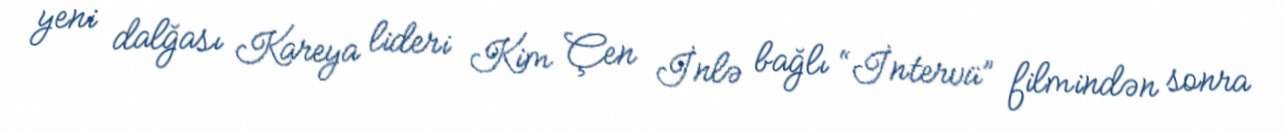
yeni dalğası Kareya lideri Kim Çen İnlə bağlı “İntervü” filmindən sonra